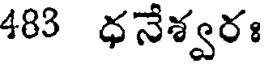
483 ధనేశ్వరః